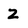
Character: Z